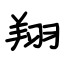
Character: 翔